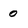
Character: 0